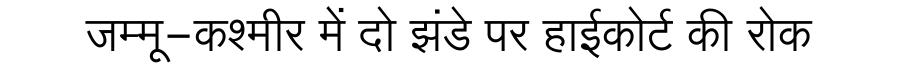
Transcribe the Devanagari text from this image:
जम्मू-कश्मीर में दो झंडे पर हाईकोर्ट की रोक